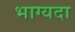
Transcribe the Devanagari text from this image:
भाग्यदा